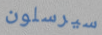
سيرسلون